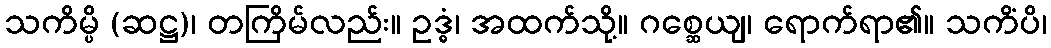
သကိမ္ပိ (ဆဋ္ဌ)၊ တကြိမ်လည်း။ ဥဒ္ဓံ၊ အထက်သို့။ ဂစ္ဆေယျ၊ ရောက်ရာ၏။ သကိံပိ၊